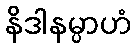
နိဒါနမ္ပာဟံ